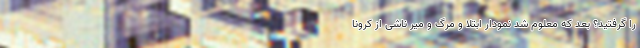
را گرفتید؟ بعد که معلوم شد نمودار ابتلا و مرگ و میر ناشی از کرونا